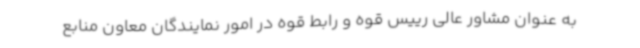
به عنوان مشاور عالی رییس قوه و رابط قوه در امور نمایندگان معاون منابع